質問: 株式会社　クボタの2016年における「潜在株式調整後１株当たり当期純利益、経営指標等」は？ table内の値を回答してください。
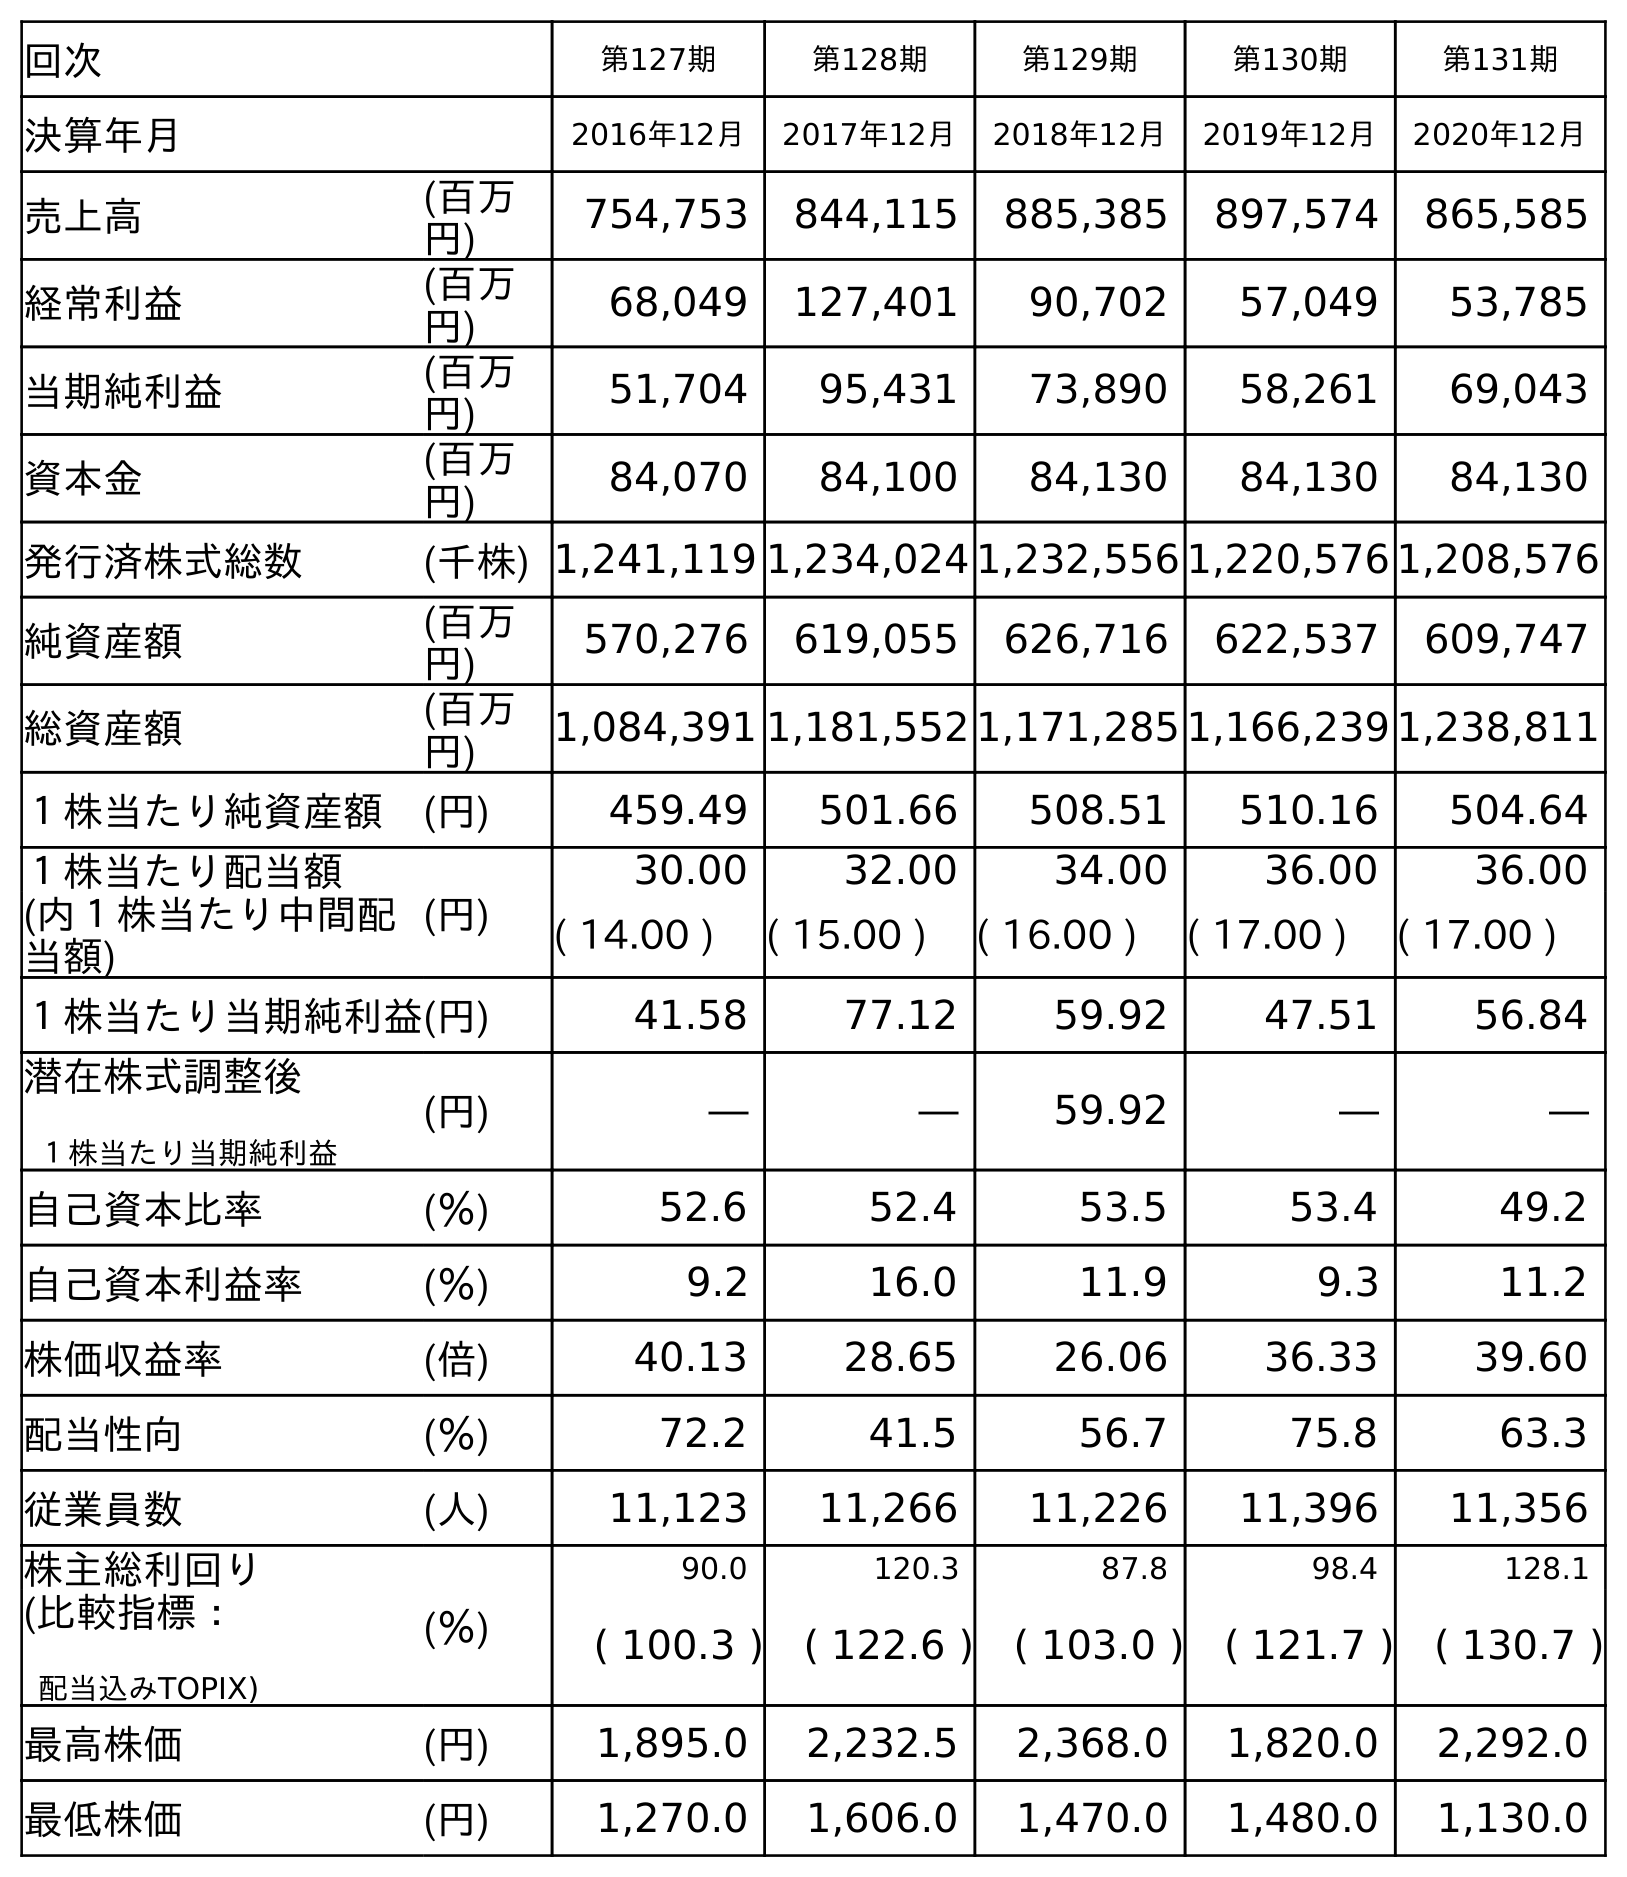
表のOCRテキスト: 回次 第127期 第128期 第129期 第130期 第131期 決算年月 2016年12月 2017年12月 2018年12月 2019年12月 2020年12月 売上高 (百万 円) 754,753 844,115 885,385 897,574 865,585 経常利益 (百万 円) 68,049 127,401 90,702 57,049 53,785 当期純利益 (百万 円) 51,704 95,431 73,890 58,261 69,043 資本金 (百万 円) 84,070 84,100 84,130 84,130 84,130 発行済株式総数 (千株) 1,241,119 1,234,024 1,232,556 1,220,576 1,208,576 純資産額 (百万 円) 570,276 619,055 626,716 622,537 609,747 総資産額 (百万 円) 1,084,391 1,181,552 1,171,285 1,166,239 1,238,811 １株当たり純資産額 (円) 459.49 501.66 508.51 510.16 504.64 １株当たり配当額 (円) 30.00 32.00 34.00 36.00 36.00 (内１株当たり中間配 当額) ( 14.00 ) ( 15.00 ) ( 16.00 ) ( 17.00 ) ( 17.00 ) １株当たり当期純利益(円) 41.58 77.12 59.92 47.51 56.84 潜在株式調整後 １株当たり当期純利益 (円) ― ― 59.92 ― ― 自己資本比率 (％) 52.6 52.4 53.5 53.4 49.2 自己資本利益率 (％) 9.2 16.0 11.9 9.3 11.2 株価収益率 (倍) 40.13 28.65 26.06 36.33 39.60 配当性向 (％) 72.2 41.5 56.7 75.8 63.3 従業員数 (人) 11,123 11,266 11,226 11,396 11,356 株主総利回り (％) 90.0 120.3 87.8 98.4 128.1 (比較指標： 配当込みTOPIX) ( 100.3 ) ( 122.6 ) ( 103.0 ) ( 121.7 ) ( 130.7 ) 最高株価 (円) 1,895.0 2,232.5 2,368.0 1,820.0 2,292.0 最低株価 (円) 1,270.0 1,606.0 1,470.0 1,480.0 1,130.0
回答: ―